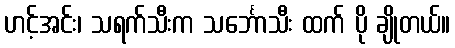
ဟင့်အင်း၊ သရက်သီးက သင်္ဘောသီး ထက် ပို ချိုတယ်။